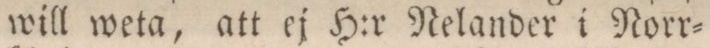
will weta, att ej H:r Nelander i Norr=